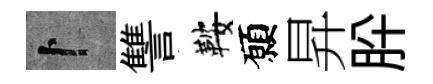
卜讐鞍願昇肸